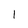
Character: 1